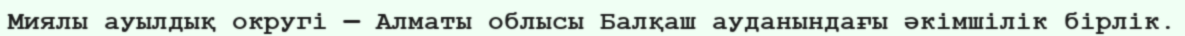
Миялы ауылдық округі — Алматы облысы Балқаш ауданындағы әкімшілік бірлік.